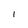
Character: I